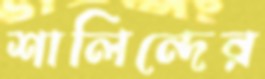
শালিন্দের